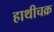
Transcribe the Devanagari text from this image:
हाथीचक्र